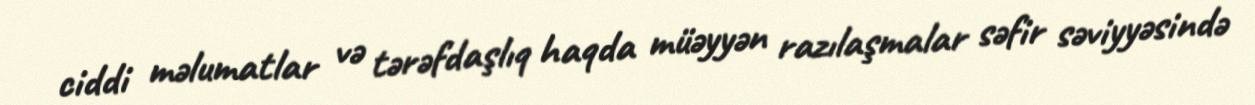
ciddi məlumatlar və tərəfdaşlıq haqda müəyyən razılaşmalar səfir səviyyəsində